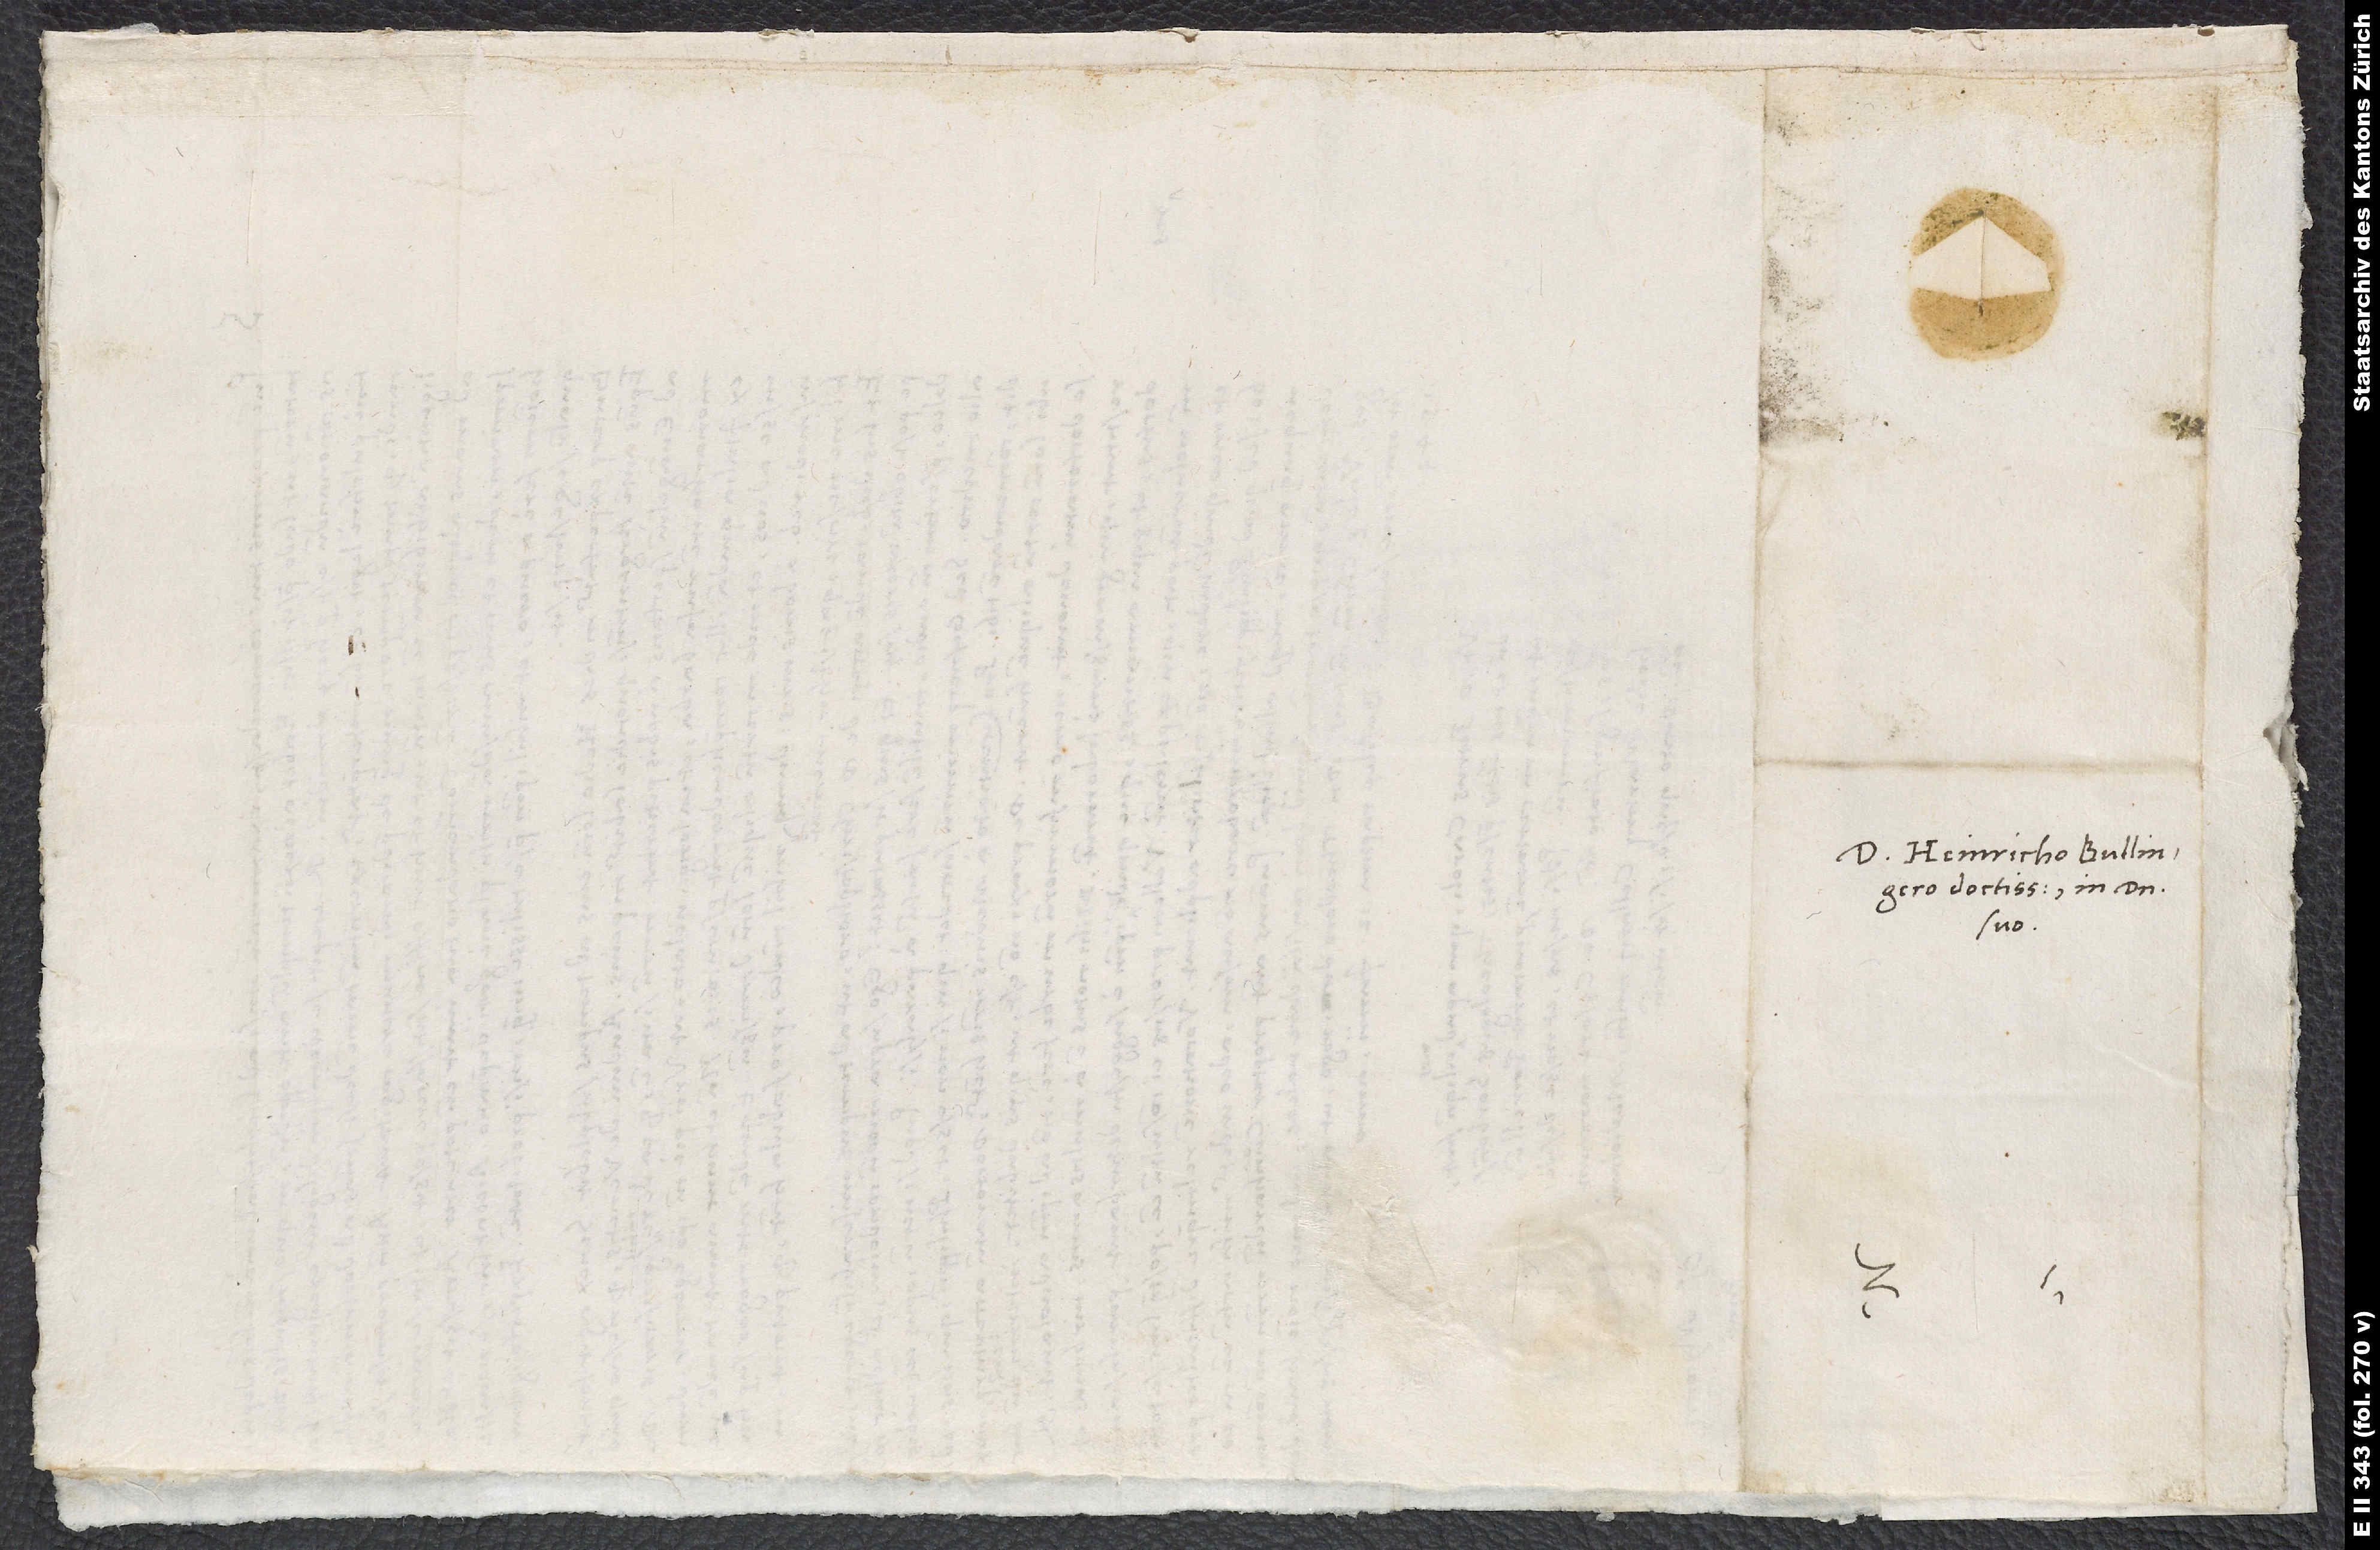
Heinricho Bullingero
doctissimo, in domino
suo.
S.